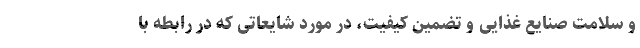
و سلامت صنایع غذایی و تضمین کیفیت، در مورد شایعاتی که در رابطه با